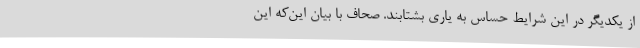
از یکدیگر در این شرایط حساس به یاری بشتابند. صحاف با بیان این‌که این